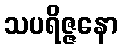
သပရိဇ္ဇနော